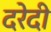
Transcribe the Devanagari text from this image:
दरेदी